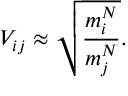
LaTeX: V _ { i j } \approx \sqrt { \frac { m _ { i } ^ { N } } { m _ { j } ^ { N } } } .